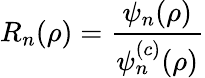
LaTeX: R_{n}(\rho)=\frac{\psi_{n}(\rho)}{\psi_{n}^{(c)}(\rho)}